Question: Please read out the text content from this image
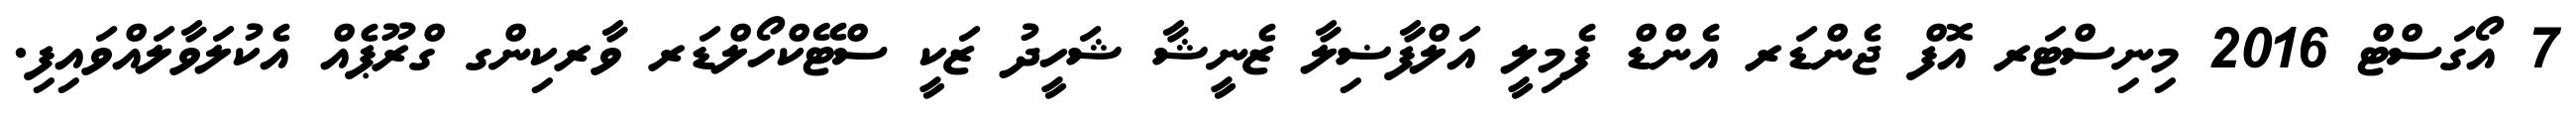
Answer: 7 އޯގަސްޓް 2016 މިނިސްޓަރ އޮފް ޖެންޑަރ އެންޑް ފެމިލީ އަލްފާޟިލާ ޒެނީޝާ ޝަހީދު ޒަކީ ސްޓޭކްހޯލްޑަރ ވާރކިންގ ގްރޫޕެއް އެކުލަވާލައްވައިފި.